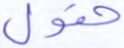
حقول